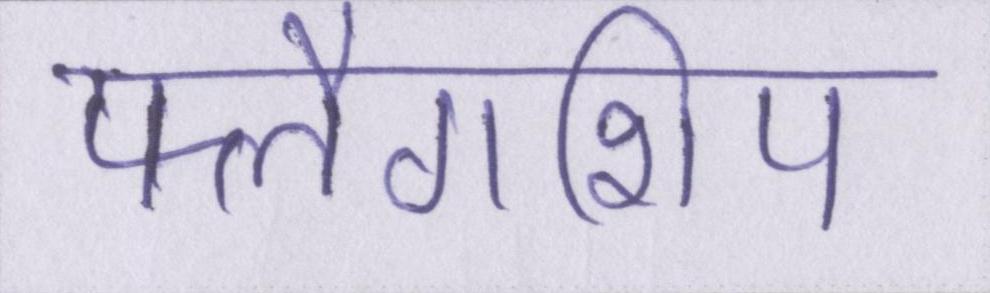
फ्लैगशिप